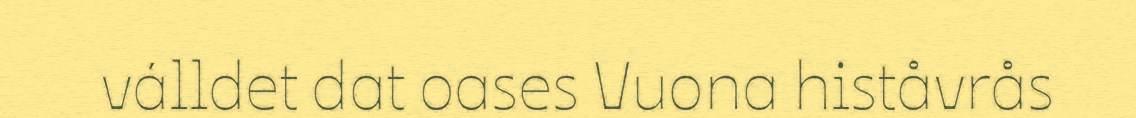
válldet dat oases Vuona histåvrås